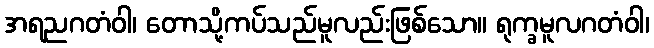
အရညဂတံဝါ၊ တောသို့ကပ်သည်မူလည်းဖြစ်သော။ ရုက္ခမူလဂတံဝါ၊